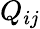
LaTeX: Q_{ij}